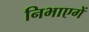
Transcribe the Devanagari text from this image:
निभाएगें